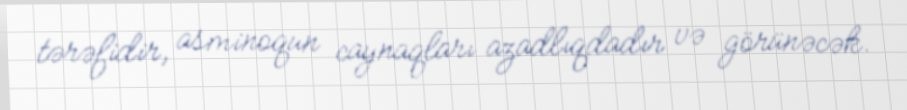
tərəfidir, asminoqun caynaqları azadlıqdadır və görünəcək.